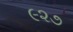
૯૨૭